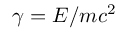
\gamma = E / m c ^ { 2 }